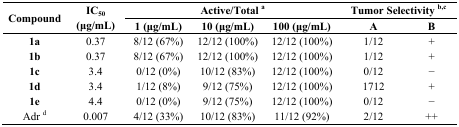
<table><thead><tr><td rowspan="2"><b>Compound</b></td><td rowspan="2"><b>IC<sub>50</sub> (μg/mL)</b></td><td colspan="3"><b>Active/Total <sup>a</sup></b></td><td colspan="2"><b>Tumor Selectivity <sup>b,c</sup></b></td></tr><tr><td><b>1 (μg/mL)</b></td><td><b>10 (μg/mL)</b></td><td><b>100 (μg/mL)</b></td><td><b>A</b></td><td><b>B</b></td></tr></thead><tbody><tr><td><b>1a</b></td><td>0.37</td><td>8/12 (67%)</td><td>12/12 (100%)</td><td>12/12 (100%)</td><td>1/12</td><td>+</td></tr><tr><td><b>1b</b></td><td>0.37</td><td>8/12 (67%)</td><td>12/12 (100%)</td><td>12/12 (100%)</td><td>1/12</td><td>+</td></tr><tr><td><b>1c</b></td><td>3.4</td><td>0/12 (0%)</td><td>10/12 (83%)</td><td>12/12 (100%)</td><td>0/12</td><td>−</td></tr><tr><td><b>1d</b></td><td>3.4</td><td>1/12 (8%)</td><td>9/12 (75%)</td><td>12/12 (100%)</td><td>1712</td><td>+</td></tr><tr><td><b>1e</b></td><td>4.4</td><td>0/12 (0%)</td><td>9/12 (75%)</td><td>12/12 (100%)</td><td>0/12</td><td>−</td></tr><tr><td>Adr <sup>d</sup></td><td>0.007</td><td>4/12 (33%)</td><td>10/12 (83%)</td><td>11/12 (92%)</td><td>2/12</td><td>++</td></tr></tbody></table>